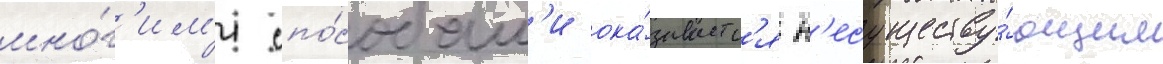
мно́г'им'и спо́собам'и ока́зываетс'я н'есуществу́ющим